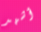
أشهد